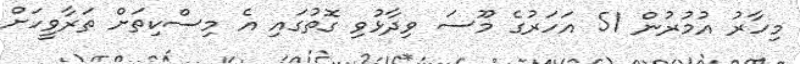
މިހާރު އުމުރުން 51 އަހަރުގެ މޫސަ ވިދާޅުވި ގޮތުގައި އެ މިސްކިތަށް ތަރާވީހަށް